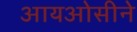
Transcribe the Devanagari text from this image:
आयओसीने